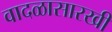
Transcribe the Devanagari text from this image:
वादळासारखी